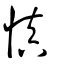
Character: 愼